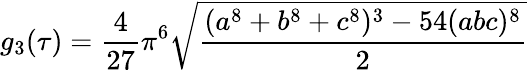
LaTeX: g_{3}(\tau)={\frac{4}{27}}\pi^{6}{\sqrt{\frac{(a^{8}+b^{8}+c^{8})^{3}-54(abc)^{8}}{2}}}